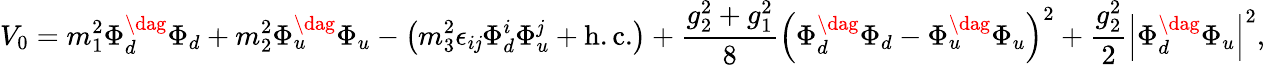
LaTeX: V_{0}=m_{1}^{2}\Phi_{d}^{\dag}\Phi_{d}+m_{2}^{2}\Phi_{u}^{\dag}\Phi_{u}-\left(m_{3}^{2}\epsilon_{i\mathit{j}}\Phi_{d}^{i}\Phi_{u}^{\mathit{j}}+\mathrm{{h.c.}}\right)+\frac{{g_{2}^{2}+g_{1}^{2}}}{{8}}\left(\Phi_{d}^{\dag}\Phi_{d}-\Phi_{u}^{\dag}\Phi_{u}\right)^{2}+\frac{{g_{2}^{2}}}{{2}}\left|\Phi_{d}^{\dag}\Phi_{u}\right|^{2},